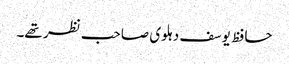
حافظ یوسف دہلوی صاحب نظر تھے۔